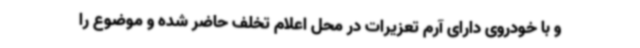
و با خودروی دارای آرم تعزیرات در محل اعلام تخلف حاضر شده و موضوع را